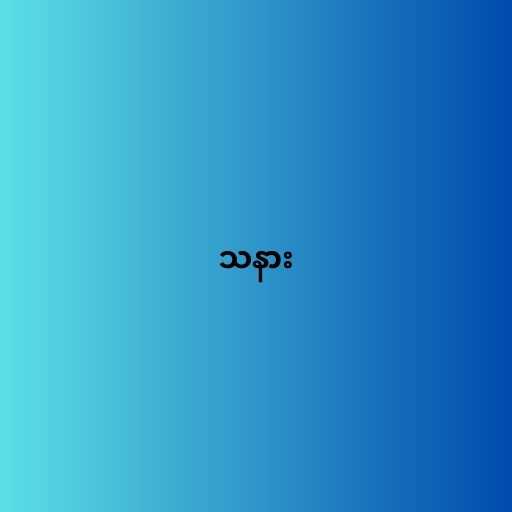
သနား